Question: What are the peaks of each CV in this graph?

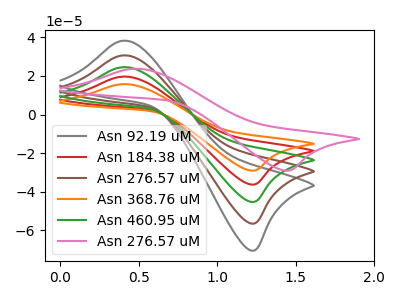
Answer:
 <answer>The gray curve "Asn 92.19 uM" has an anodic peak at (0.40V, 78.70uA) and a cathodic peak at (1.25V, -144.80uA). The red curve "Asn 184.38 uM" has an anodic peak at (0.40V, 19.70uA) and a cathodic peak at (1.25V, -36.20uA). The brown curve "Asn 276.57 uM" has an anodic peak at (0.40V, 59.05uA) and a cathodic peak at (1.25V, -108.60uA). The orange curve "Asn 368.76 uM" has an anodic peak at (0.40V, 15.75uA) and a cathodic peak at (1.25V, -29.00uA). The green curve "Asn 460.95 uM" has an anodic peak at (0.40V, 39.35uA) and a cathodic peak at (1.25V, -72.40uA). The pink curve "Asn 276.57 uM" has an anodic peak at (0.45V, 23.75uA) and a cathodic peak at (1.45V, -29.00uA).</answer>
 <eval></eval>